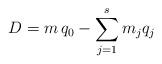
LaTeX: \begin{align*}D = m \,q_0 - \sum_{j=1}^s m_j q_j\end{align*}